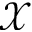
\mathcal { X }